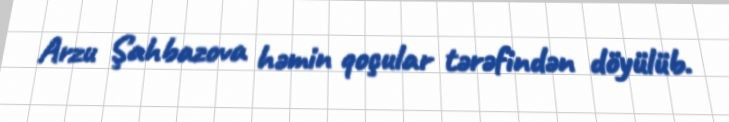
Arzu Şahbazova həmin qoçular tərəfindən döyülüb.